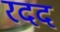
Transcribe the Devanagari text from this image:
रदद